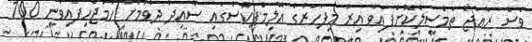
ވެސް ރާއްޖެ ތަމްސީލްކޮށްފައިވާ އިރު މިފަހަރުގެ އޮލިމްޕިކްސްގައި ސާއިދު ދުވުމަށް ހަމަޖެހިފައިވަނީ 100